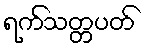
ရက်သတ္တပတ်